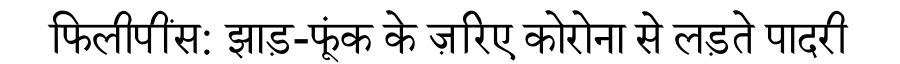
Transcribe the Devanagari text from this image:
फिलीपींस: झाड़-फूंक के ज़रिए कोरोना से लड़ते पादरी